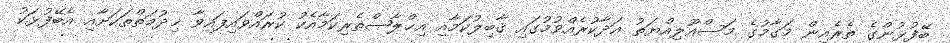
ބޭފުޅުންގެ ތެރެއިން މަގާމުގެ މަސްއޫލިއްޔަތު އަދާކުރެއްވުމުގައި ޤާބިލުކަމާއި އިޚްލާޞްތެރިކަމާއެކު ކުރައްވައިފައިވާ ޚިދުމަތްތަކަށާއި އެބޭފުޅަކު